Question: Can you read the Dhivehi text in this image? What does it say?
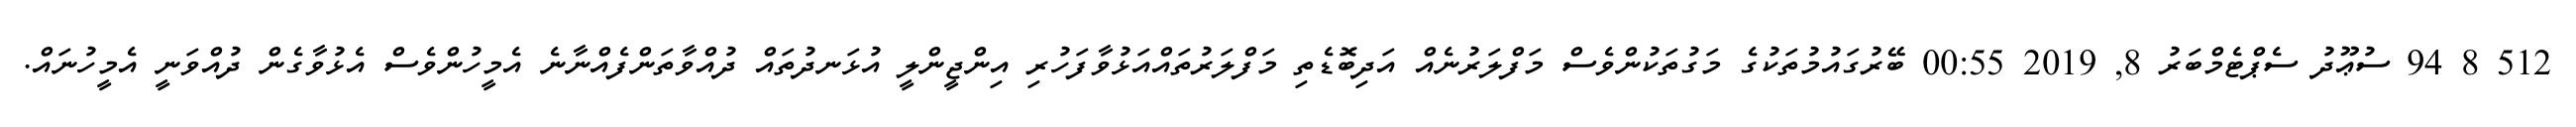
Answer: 512 8 94 ސުޢޫދު ސެޕްޓެމްބަރު 8, 2019 00:55 ބޭރުގައުމުތަކުގެ މަގުތަކުންވެސް މަފްލަރުނެއް އަދިބޮޑެތި މަފްލަރުތައްއަޅުވާފަހުރި އިންޖީންލީ އުޅަނދުތައް ދުއްވާތަންފެއްނާނެ އެމީހުންވެސް އެޅުވާގެން ދުއްވަނީ އެމީހުނައް.